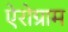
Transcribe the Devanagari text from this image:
ऐरोग्राम